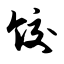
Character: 饺